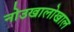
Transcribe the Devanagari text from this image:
नोउखालोखाल